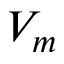
V _ { m }